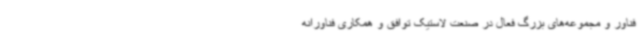
فناور و مجموعه‌های بزرگ فعال در صنعت لاستیک توافق و همکاری فناورانه